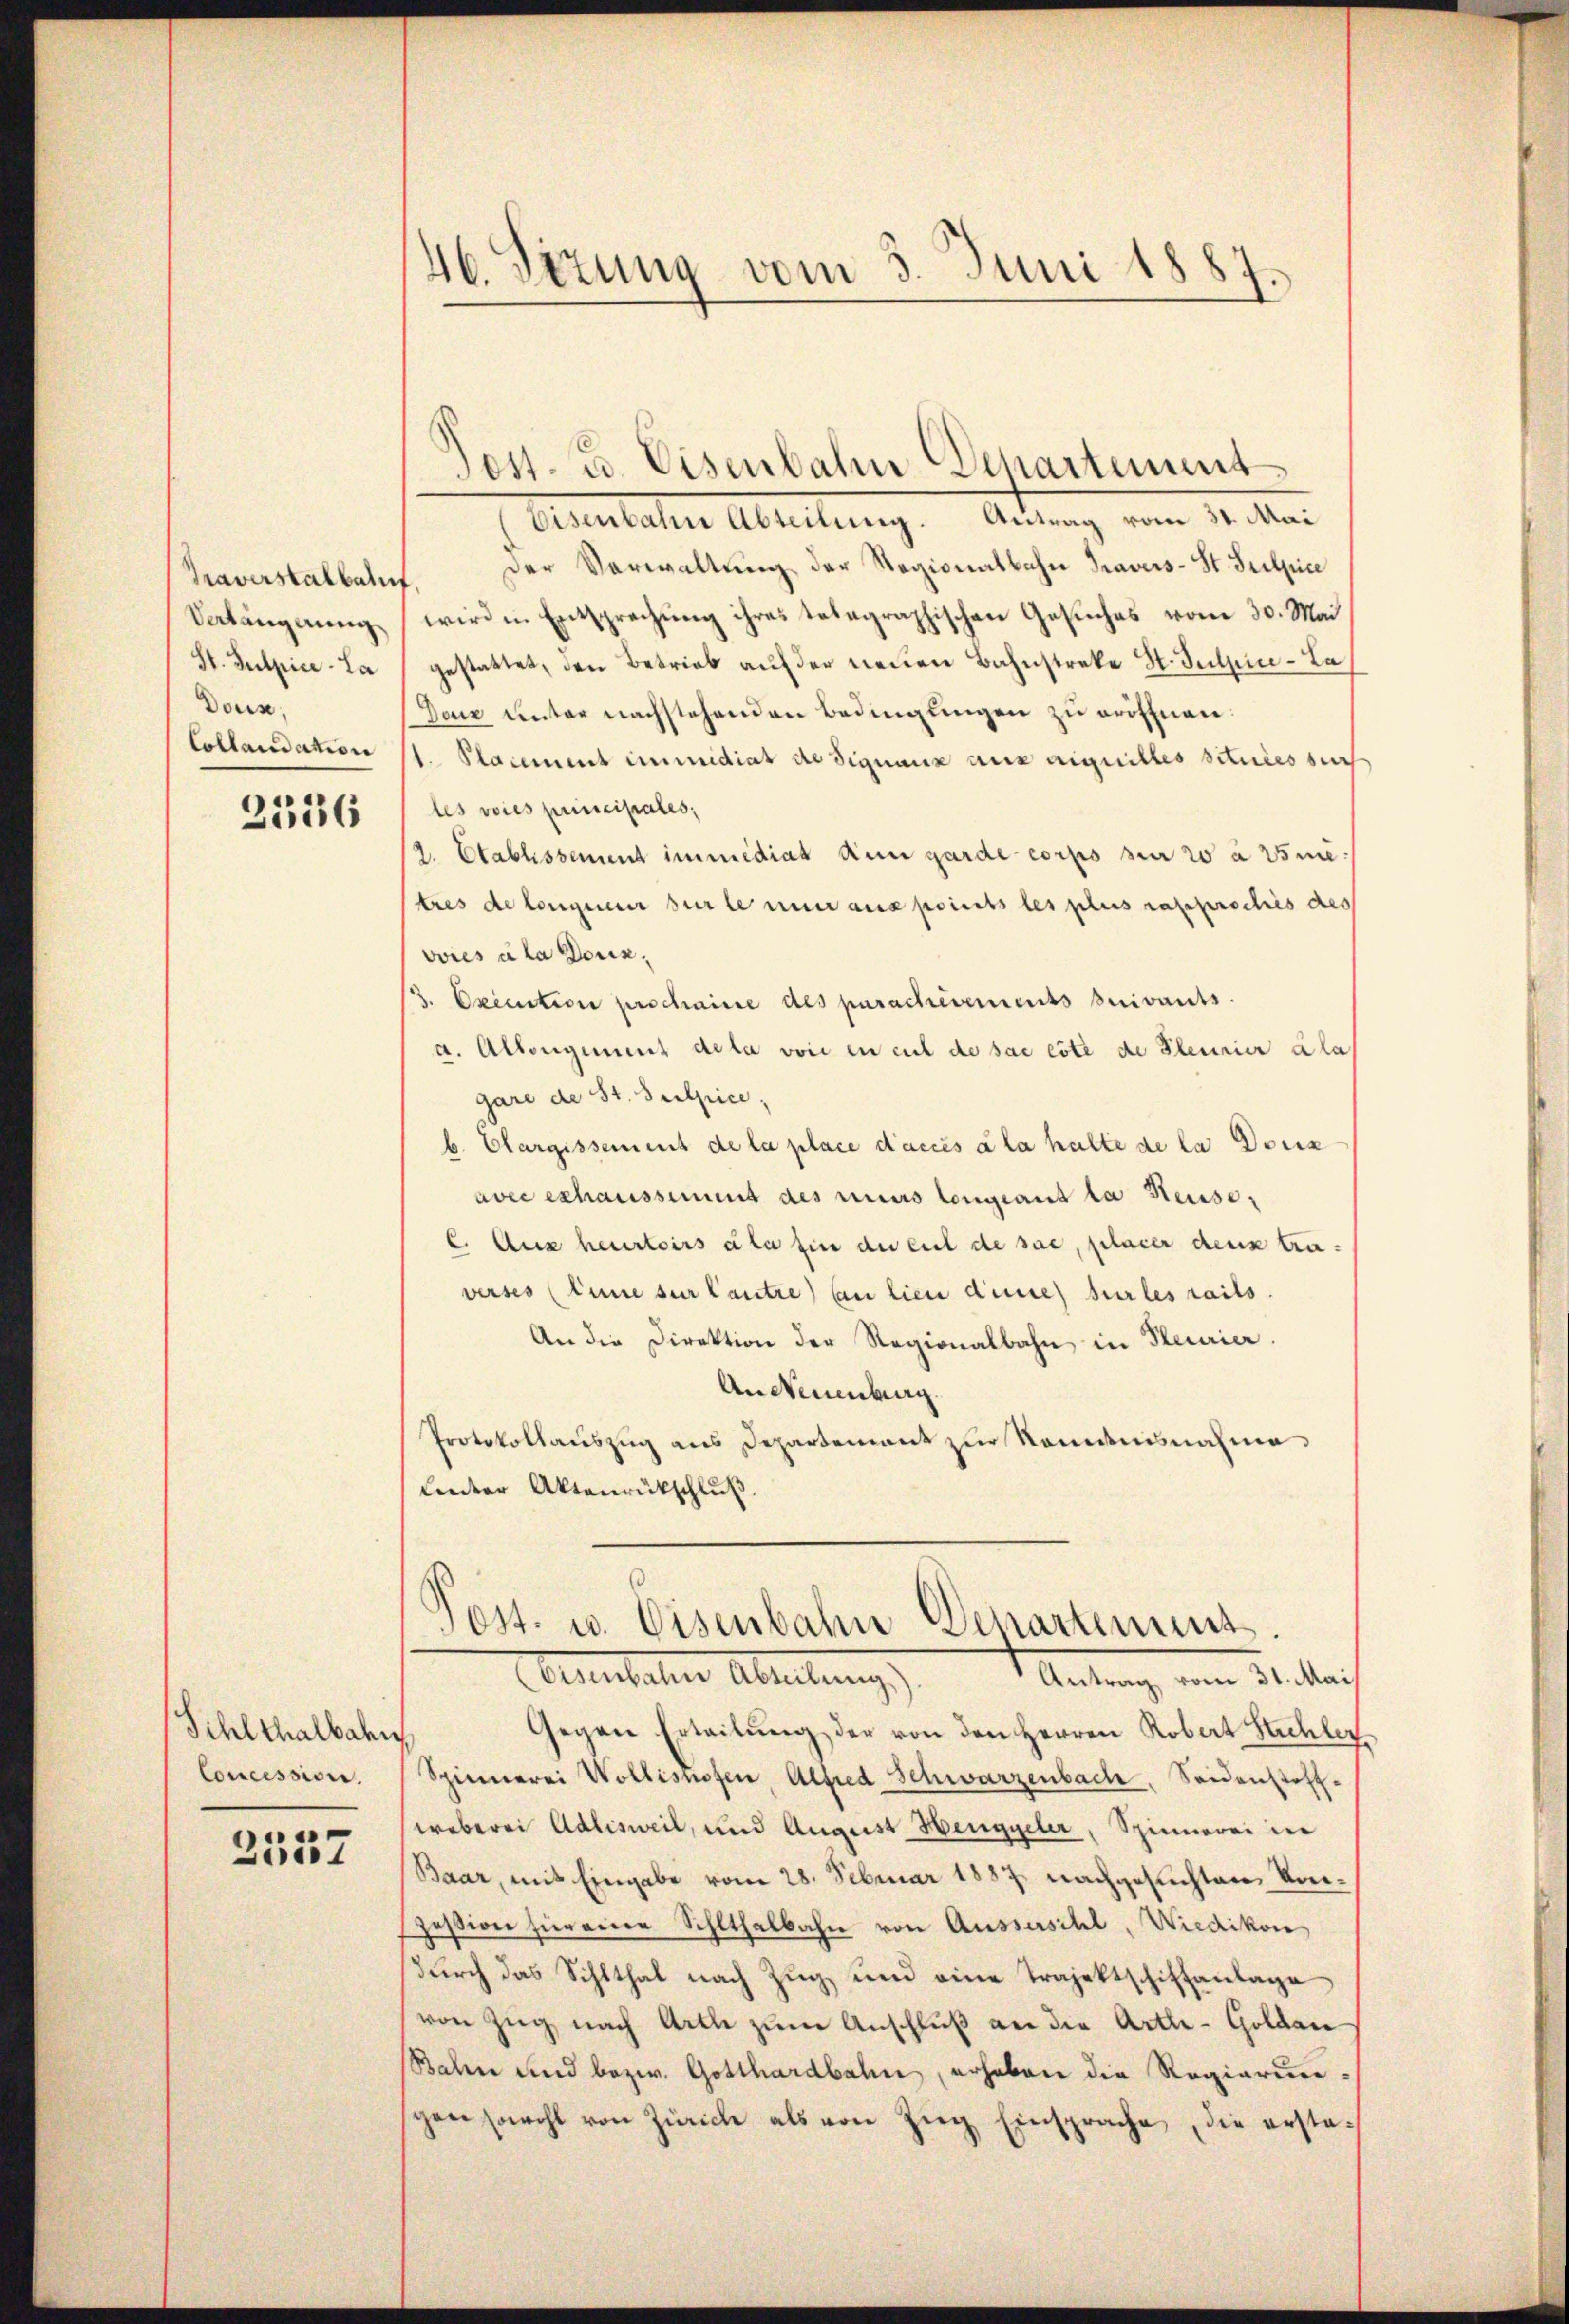
Traverstalbahn
Vetängerung
St. Sulpice - La
Dorn,
Collaudation

2336

Sihlthalbahn
Concession.

2537

46. Sezung vom 3. Juni 1887.

Eisenbahn Abteilung. Antrag vom 31. Mai
der Verwaltŭng der Ragionalbahn Travers-St. Sulpice
f
wird in Entsprechung ihres telegraphischen Gesuches vom 30. Mai
gestattet, den Betrieb auf der neuen Bahnstrete St. Juliin-La
Daz unter nachstehenden Bedingungen zu eröffnen.
1. Placement immediat die Signanz aus aiguilles sitniessur
les voies principales,
2. Etablissement immediat nun garde corps zur 20 à 25 mitres de longuerer sur le mir aus prierts les plus rafproches des
voies à la Donix,
3. Excention prochaire des parackirements suivants.
a. Allengement de la voie en cul de sac este de Pleunier ala
gare de St. Sulpice,
b. Clargissement de la place d’accés à la halte de la Dona
avec exhaussement des mirs Congeant la Heuse,
E. Aus heurtoirs ala fin die viel de sac, placer denk traverses (Anne sur Cantze) bin lien dene sur les raits.
An die Direktion der Regionalbahn in Heurier.
AnNeuenburg.
Protokollauszug aus Departement zur Kenntnisnahme
Lieder Aktenrückschluß
Post. u. Eisenbahn Departement
Almentalen Abendung,
Antrag vom 31. Mai
Gegen Erteilŭng der von den Herren Robert Stichler
Spinnerei Wollishofen Alfred Schwarzenbach, Seidenstoff-
weberei Adlisweil, und August Henggeler, Spinnerei in
Baar, mit Eingabe vom 28. Februar 1887, nachgesuchten Vor¬
Zession hier eine Schlthalbahn von Aussersihl, Wiedikon
durch das Schlthal nach Zug und eine Trajektschiffanlage
von Zŭg nach Arth zŭm Anschluß an die Artle-Goldau
Bahn und bezw. Gotthardbahn, erhaben die Regierungen sowohl von Zürich als von Zŭg Einsprache, die ersta¬

Post- u. Eisenbahn Departement